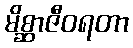
မိစ္ဆာဇီဝရတာ